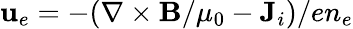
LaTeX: {\mathbf{u}}_{e}=-(\nabla\times{\mathbf{B}}/\mu_{0}-{\mathbf{J}}_{i})/en_{e}